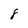
Character: 8